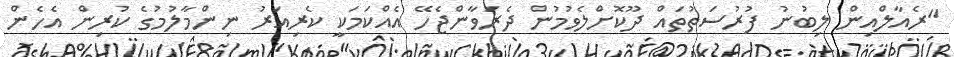
"ރެއާލްއިން ލިބުނު ފުރުސަތުތައް ދޫކޮށްލެވުމުން ދެރަވާންޖެހޭ އެއްކަމަކީ ކެރިއަރު ނިންމާލުމުގެ ކުރިން އެހެން